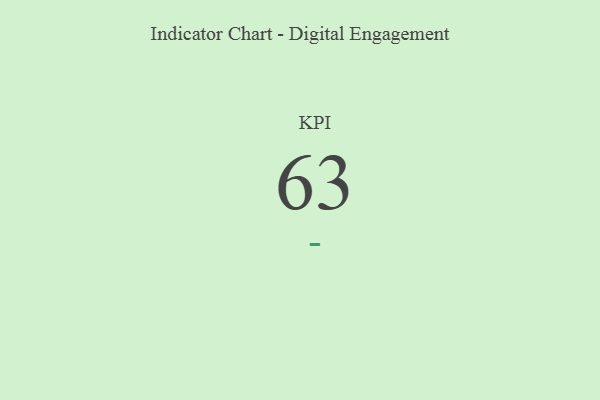
{"axis": {"x": "KPI", "y": "Value"}, "legend": [""], "data": [{"x": "KPI", "y": 63, "type": ""}]}